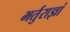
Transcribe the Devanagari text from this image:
भर्तुराज्ञां